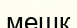
мешк